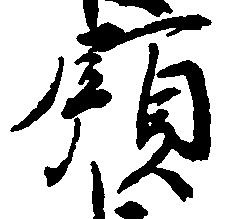
領